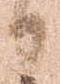
日